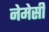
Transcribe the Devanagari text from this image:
नेमेसी